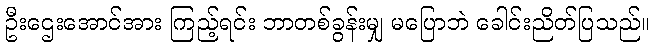
ဦးဌေးအောင်အား ကြည့်ရင်း ဘာတစ်ခွန်းမျှ မပြောဘဲ ခေါင်းညိတ်ပြသည်။